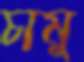
চামু